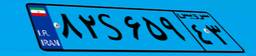
۰۹S۰۸۲۶۸